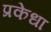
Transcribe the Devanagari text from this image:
प्रकेधा